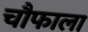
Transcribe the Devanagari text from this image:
चौफाला